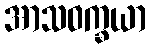
အာသဝက္ခယာ